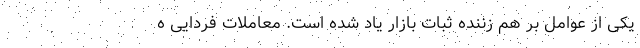
یکی از عوامل بر هم زننده ثبات بازار یاد شده است. معاملات فردایی ه